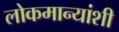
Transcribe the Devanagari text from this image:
लोकमान्यांशी